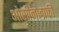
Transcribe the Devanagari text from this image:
ओसीनोग्रफी